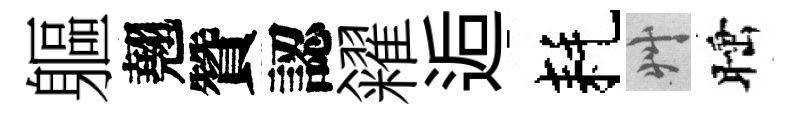
軀翹贊認糴逅耗艸睡